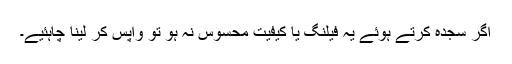
اگر سجدہ کرتے ہوئے یہ فیلنگ یا کیفیت محسوس نہ ہو تو واپس کر لینا چاہئیے۔